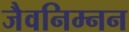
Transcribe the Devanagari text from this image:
जैवनिम्नन